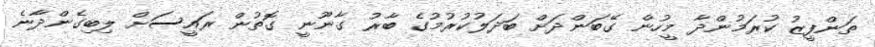
ތަންފީޒު ކުރަމުންދާ މީހުން ގޭބަންދަށް ބަދަލުކުރުމުގެ ބާރު ގާނޫނީ ގޮތުން ރައީސަށް ލިބިގެންދާނެ